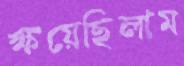
ক্ষয়েছিলাম